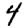
Digit: 4